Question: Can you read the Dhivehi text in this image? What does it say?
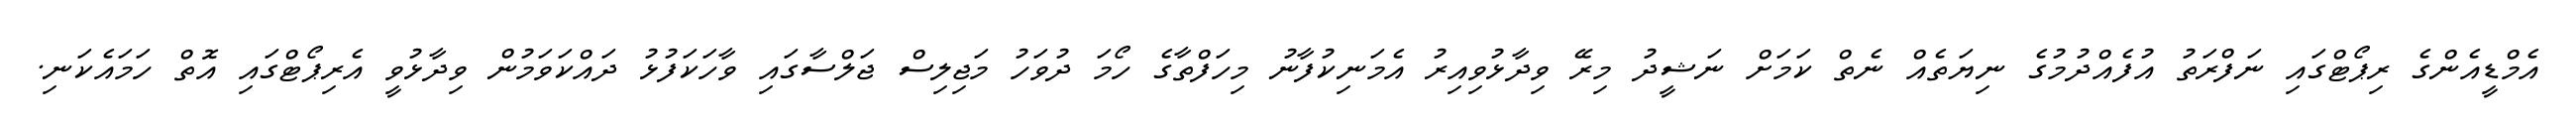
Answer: އެމްޑީއެންގެ ރިޕޯޓްގައި ނަފްރަތު އުފެއްދުމުގެ ނިޔަތެއް ނެތް ކަމަށް ނަޝީދު މިރޭ ވިދާޅުވިއިރު އެމަނިކުފާނު މިހަފްތާގެ ހޯމަ ދުވަހު މަޖިލިސް ޖަލްސާގައި ވާހަކަފުޅު ދައްކަވަމުން ވިދާޅުވީ އެރިޕޯޓްގައި އޮތް ހަމައެކަނި.